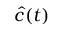
\widehat { c } ( t )